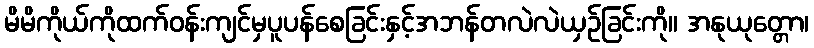
မိမိကိုယ်ကိုထက်ဝန်းကျင်မှပူပန်စေခြင်းနှင့်အဘန်တလဲလဲယှဉ်ခြင်းကို။ အနုယုတ္တော၊